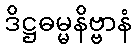
ဒိဋ္ဌဓမ္မနိဗ္ဗာနံ